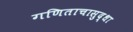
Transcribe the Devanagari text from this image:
गणिताचासुद्धा